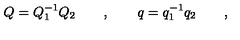
Q = Q _ { 1 } ^ { - 1 } Q _ { 2 } \qquad , \qquad q = q _ { 1 } ^ { - 1 } q _ { 2 } \qquad ,